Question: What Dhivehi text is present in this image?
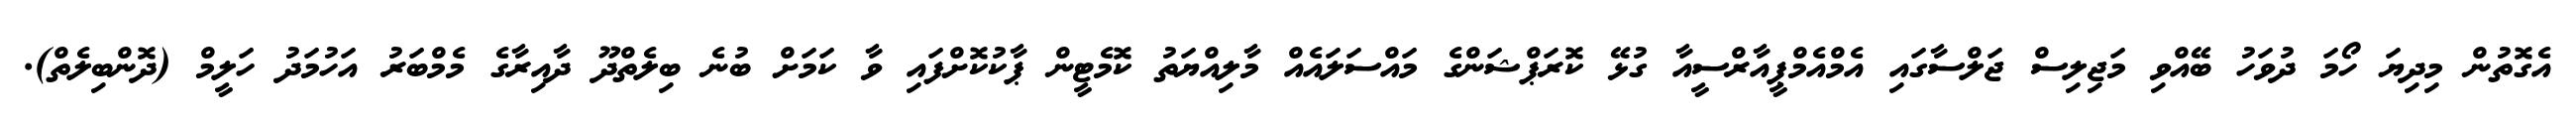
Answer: އެގޮތުން މިދިޔަ ހޯމަ ދުވަހު ބޭއްވި މަޖިލިސް ޖަލްސާގައި އެމްއެމްޕީއާރްސީއާ ގުޅޭ ކޮރަޕްޝަންގެ މައްސަލައެއް މާލިއްޔަތު ކޮމެޓީން ޕާކުކޮށްފައި ވާ ކަމަށް ބުނެ ބިލެތްދޫ ދާއިރާގެ މެމްބަރު އަހުމަދު ހަލީމް (ދޮންބިލެތް).